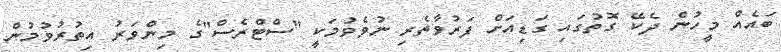
ބައެއް މީހުން ދެކޭ ގޮތުގައި ގަޑިއަށް ފަރުވާތެރި ނުވެވުމަކީ "ސްޓްރެސް"ގެ މިންވަރު އިތުރުވުމުން